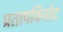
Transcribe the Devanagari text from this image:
प्रतापविनोद